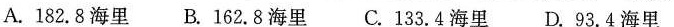
A.182.8海里 B.162.8海里 C.133.4海里 D.93.4海里